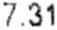
7.31